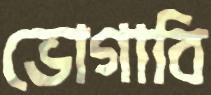
ভোগাবি